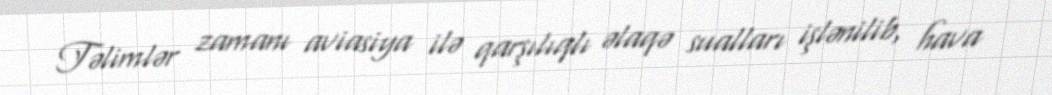
Təlimlər zamanı aviasiya ilə qarşılıqlı əlaqə sualları işlənilib, hava